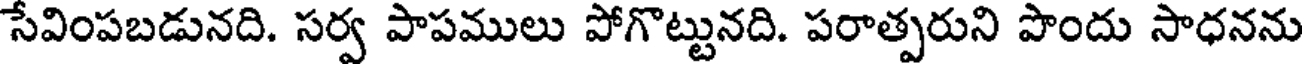
సేవింపబడునది. సర్వ పాపములు పోగొట్టునది. పరాత్పరుని పొందు సాధనను